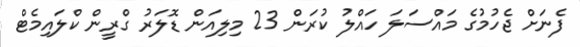
ފެނަށް ޖެހުމުގެ މައްސަލަ ހައްލު ކުރަން 23 މިލިއަން ޑޮލަރު ގްރީން ކްލައިމެޓް